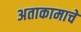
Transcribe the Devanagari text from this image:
अताकामाचे